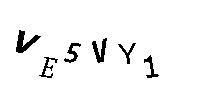
VE5VY1